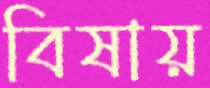
বিষায়